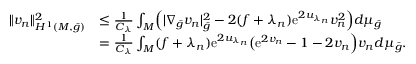
\begin{array} { r l } { \| v _ { n } \| _ { H ^ { 1 } ( M , \bar { g } ) } ^ { 2 } } & { \le \frac { 1 } { C _ { \lambda } } \int _ { M } \Bigl ( | \nabla _ { \bar { g } } v _ { n } | _ { \bar { g } } ^ { 2 } - 2 ( f + \lambda _ { n } ) \mathrm { e } ^ { 2 u _ { \lambda _ { n } } } v _ { n } ^ { 2 } \Bigr ) d \mu _ { \bar { g } } } \\ & { = \frac { 1 } { C _ { \lambda } } \int _ { M } ( f + \lambda _ { n } ) \mathrm { e } ^ { 2 u _ { \lambda _ { n } } } \bigl ( \mathrm { e } ^ { 2 v _ { n } } - 1 - 2 v _ { n } \Bigr ) v _ { n } d \mu _ { \bar { g } } . } \end{array}